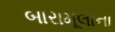
બારામૂલાના